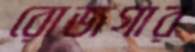
রোজগার